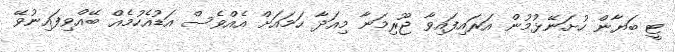
ޓީ ބަޔާން ހުށަނޭޅުމުން އަރައިފައިވާ ޖޫރިމަނާ މިއަދާ ހަމައަށް އެއްވެސް އަޑުއެހުމެއް ބޭއްވިފައިނުވޭ